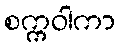
စက္ကဝါကာ